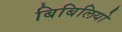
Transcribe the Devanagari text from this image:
बिबिलियो